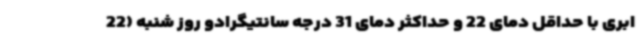
ابری با حداقل دمای 22 و حداکثر دمای 31 درجه سانتیگرادو روز شنبه (22